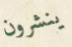
ينشرون